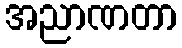
အညာဏတာ